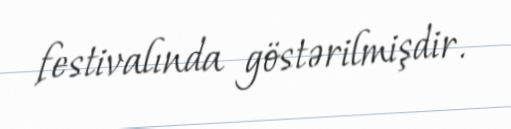
festivalında göstərilmişdir.